Civil Veterinary Dept. Bombay admin report 1932-41 - 1932-1941
Year: 1932
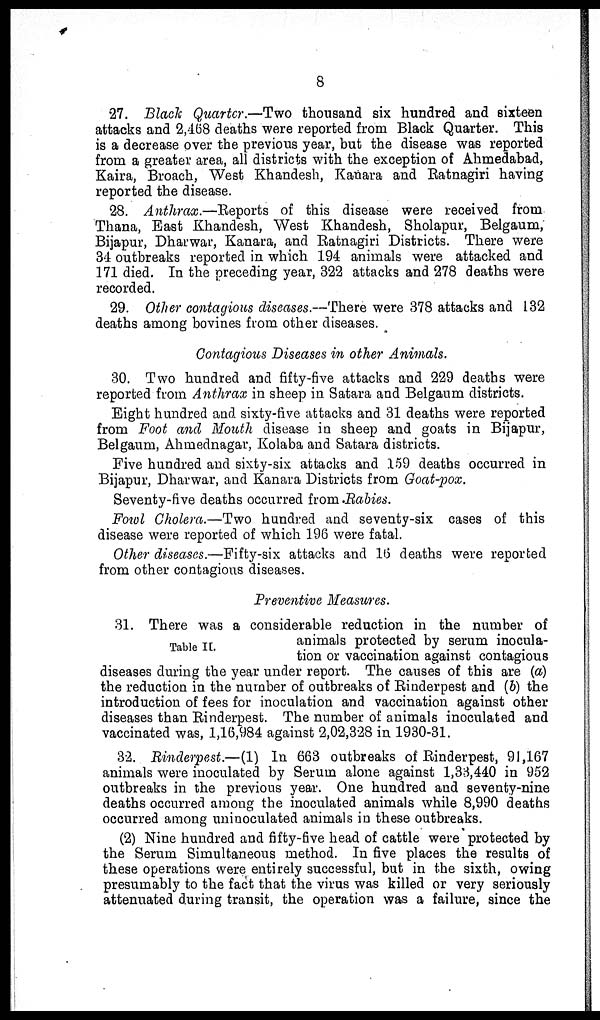
8
27. Black Quarter.—Two thousand six hundred and sixteen
attacks and 2,468 deaths were reported from Black Quarter. This
is a decrease over the previous year, but the disease was reported
from a greater area, all districts with the exception of Ahmedabad,
Kaira, Broach, West Khandesh, Kanara and Ratnagiri having
reported the disease.
28. Anthrax.—Reports of this disease were received from
Thana, East Khandesh, West Khandesh, Sholapur, Belgaum;
Bijapur, Dharwar, Kanara, and Ratnagiri Districts. There were
34 outbreaks reported in which 194 animals were attacked and
171 died. In the preceding year, 322 attacks and 278 deaths were
recorded.
29. Other contagious diseases.—There were 378 attacks and 132
deaths among bovines from other diseases.
Contagious Diseases in other Animals.
30. Two hundred and fifty-five attacks and 229 deaths were
reported from Anthrax in sheep in Satara and Belgaum districts.
Eight hundred and sixty-five attacks and 31 deaths were reported
from Foot and Mouth disease in sheep and goats in Bijapur,
Belgaum, Ahmednagar, Kolaba and Satara districts.
Five hundred and sixty-six attacks and 159 deaths occurred in
Bijapur, Dharwar, and Kanara Districts from Goat-pox.
Seventy-five deaths occurred from Rabies.
Fowl Cholera.—Two hundred and seventy-six cases of this
disease were reported of which 196 were fatal.
Other diseases.—Fifty-six attacks and 16 deaths were reported
from other contagious diseases.
Preventive Measures.
Table II.
31. There was a considerable reduction in the number of
animals protected by serum inocula-
tion or vaccination against contagious
diseases during the year under report. The causes of this are (a)
the reduction in the number of outbreaks of Rinderpest and (b) the
introduction of fees for inoculation and vaccination against other
diseases than Rinderpest. The number of animals inoculated and
vaccinated was, 1,16,984 against 2,02,328 in 1930-31.
32. Rinderpest.—(1) In 663 outbreaks of Rinderpest, 91,167
animals were inoculated by Serum alone against 1,33,440 in 952
outbreaks in the previous year. One hundred and seventy-nine
deaths occurred among the inoculated animals while 8,990 deaths
occurred among uninoculated animals in these outbreaks.
(2) Nine hundred and fifty-five head of cattle were protected by
the Serum Simultaneous method. In five places the results of
these operations were entirely successful, but in the sixth, owing
presumably to the fact that the virus was killed or very seriously
attenuated during transit, the operation was a failure, since the